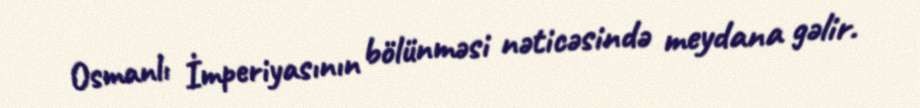
Osmanlı İmperiyasının bölünməsi nəticəsində meydana gəlir.